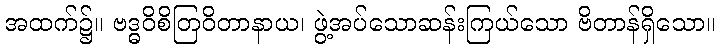
အထက်၌။ ဗဒ္ဓဝိစိတြဝိတာနာယ၊ ဖွဲ့အပ်သောဆန်းကြယ်သော ဗိတာန်ရှိသော။